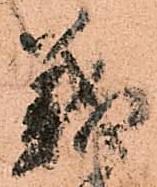
義